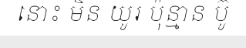
នោះ មិន យូរ ប៉ុន្មាន ប៊ូ